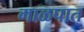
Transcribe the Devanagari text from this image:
गाळपात